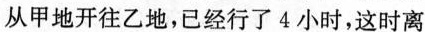
从甲地开往乙地，已经行了4小时，这时离